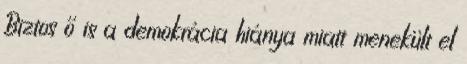
Biztos ő is a demokrácia hiánya miatt menekült el